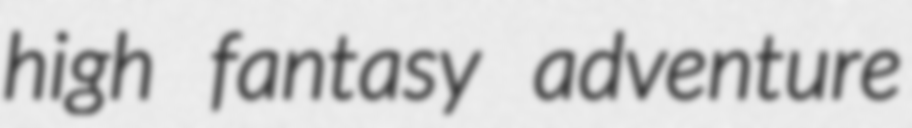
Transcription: high fantasy adventure